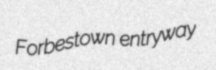
Forbestown entryway